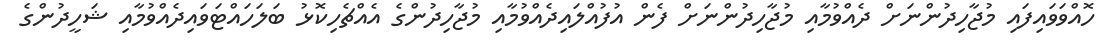
ހޮއްވަވައިފައި މުޖާހިދުންނަށް ދެއްވުމާއި މުޖާހިދުންނަށް ފެން އުފުއްލައިދެއްވުމާއި މުޖާހިދުންގެ އެއްޗެހިކޮޅު ބަލަހައްޓަވައިދެއްވުމާއި ޝަހީދުންގެ